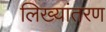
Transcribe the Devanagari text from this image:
लिख्यांतरण